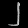
Digit: ၂